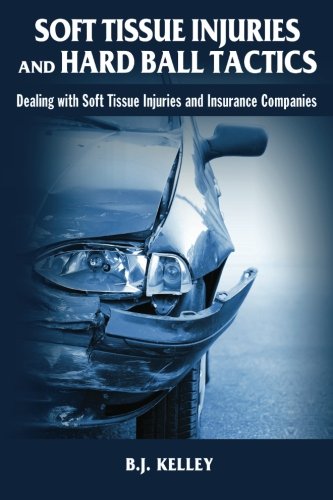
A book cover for Soft Tissue Injuries and Hard Ball Tactics: Dealing With Soft Tissue Injuires and Insurance Companies; B.J. Kelley; Law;